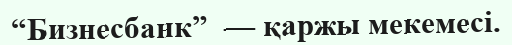
“Бизнесбанк”  — қаржы мекемесі.